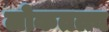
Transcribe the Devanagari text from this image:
लोकतत्त्व